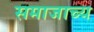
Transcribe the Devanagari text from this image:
समाजाच्य